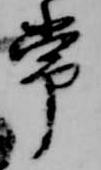
常